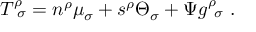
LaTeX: T _ { \ \sigma } ^ { \rho } = n ^ { \rho } \mu _ { \sigma } + s ^ { \rho } \Theta _ { \sigma } + \Psi g _ { \ \sigma } ^ { \rho } \ .